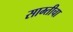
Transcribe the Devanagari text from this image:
साम्तीचा